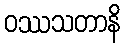
ဝဿသတာနိ